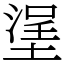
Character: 塣